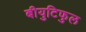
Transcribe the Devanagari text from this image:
बीयुटिफुल